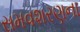
સમવશરણના